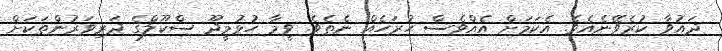
ދައުވާ ކުރެވޭނެއެވެ. އެކަމަށް އެއްވެސް ހުރަހެއް ނެތެވެ. ވީމާ ހުޅުމީދޫ ސްކޫލްގެ ދަރިވަރުންތަކަށް